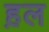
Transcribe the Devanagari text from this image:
ह़ल